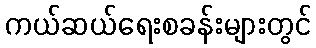
ကယ်ဆယ်ရေးစခန်းများတွင်